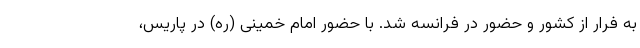
به فرار از کشور و حضور در فرانسه شد. با حضور امام خمینی (ره) در پاریس،